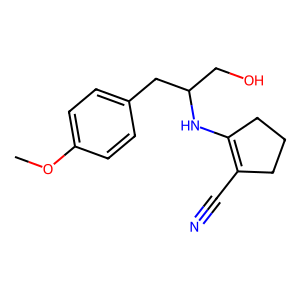
SMILES: COc1ccc(CC(CO)NC2=C(C#N)CCC2)cc1
Inhibits HIV replication: No